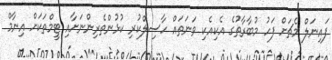
ފައިނަލް މެޗަށް ފަހު މުބާރާތުގެ އެކިއެކި ވަނަތައް ހާސިލްކުރި ކުޅުންތެރިންނަށާއި ޓީމްތަކަށް އިނާމް